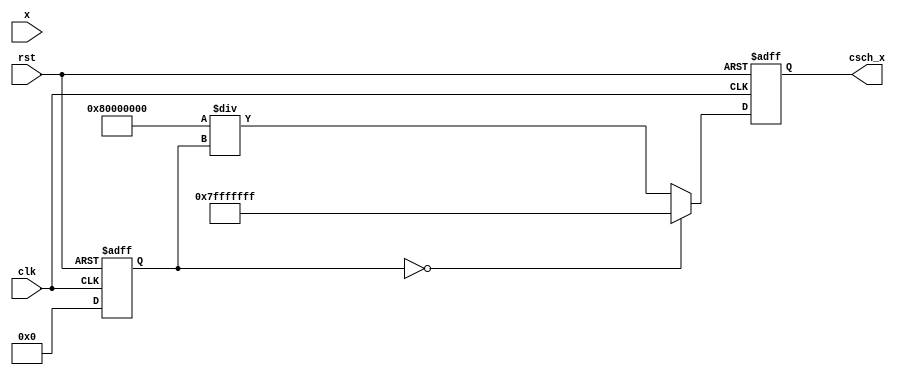
module csch (
    input wire signed [31:0] x,        // Input: Fixed-point representation of x
    output reg signed [31:0] csch_x,   // Output: Fixed-point representation of csch(x)
    input wire clk,
    input wire rst
);

    // Internal signals
    wire signed [31:0] exp_x;
    wire signed [31:0] exp_neg_x;
    wire signed [31:0] sinh_x;
    reg signed [31:0] sinh_x_reg;

    // Exponential function (simple approximation)
    function signed [31:0] exp_func(input signed [31:0] val);
        // This is a placeholder for the exponential function
        // You can replace this with a more accurate implementation
        exp_func = 32'h00000000; // Placeholder
    endfunction

    // Compute e^x and e^(-x)
    assign exp_x = exp_func(x);
    assign exp_neg_x = exp_func(-x);

    // Compute sinh(x) = (e^x - e^(-x)) / 2
    assign sinh_x = (exp_x - exp_neg_x) >>> 1; // Right shift by 1 for division by 2

    // Register to hold sinh_x
    always @(posedge clk or posedge rst) begin
        if (rst) begin
            sinh_x_reg <= 32'h00000000;
        end else begin
            sinh_x_reg <= sinh_x;
        end
    end

    // Compute csch(x) = 1 / sinh(x)
    always @(posedge clk or posedge rst) begin
        if (rst) begin
            csch_x <= 32'h00000000; // Reset output
        end else if (sinh_x_reg == 32'h00000000) begin
            csch_x <= 32'h7FFFFFFF; // Handle division by zero (infinity)
        end else begin
            csch_x <= (32'h00000001 << 31) / sinh_x_reg; // 1 / sinh(x)
        end
    end

endmodule